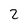
Character: 2